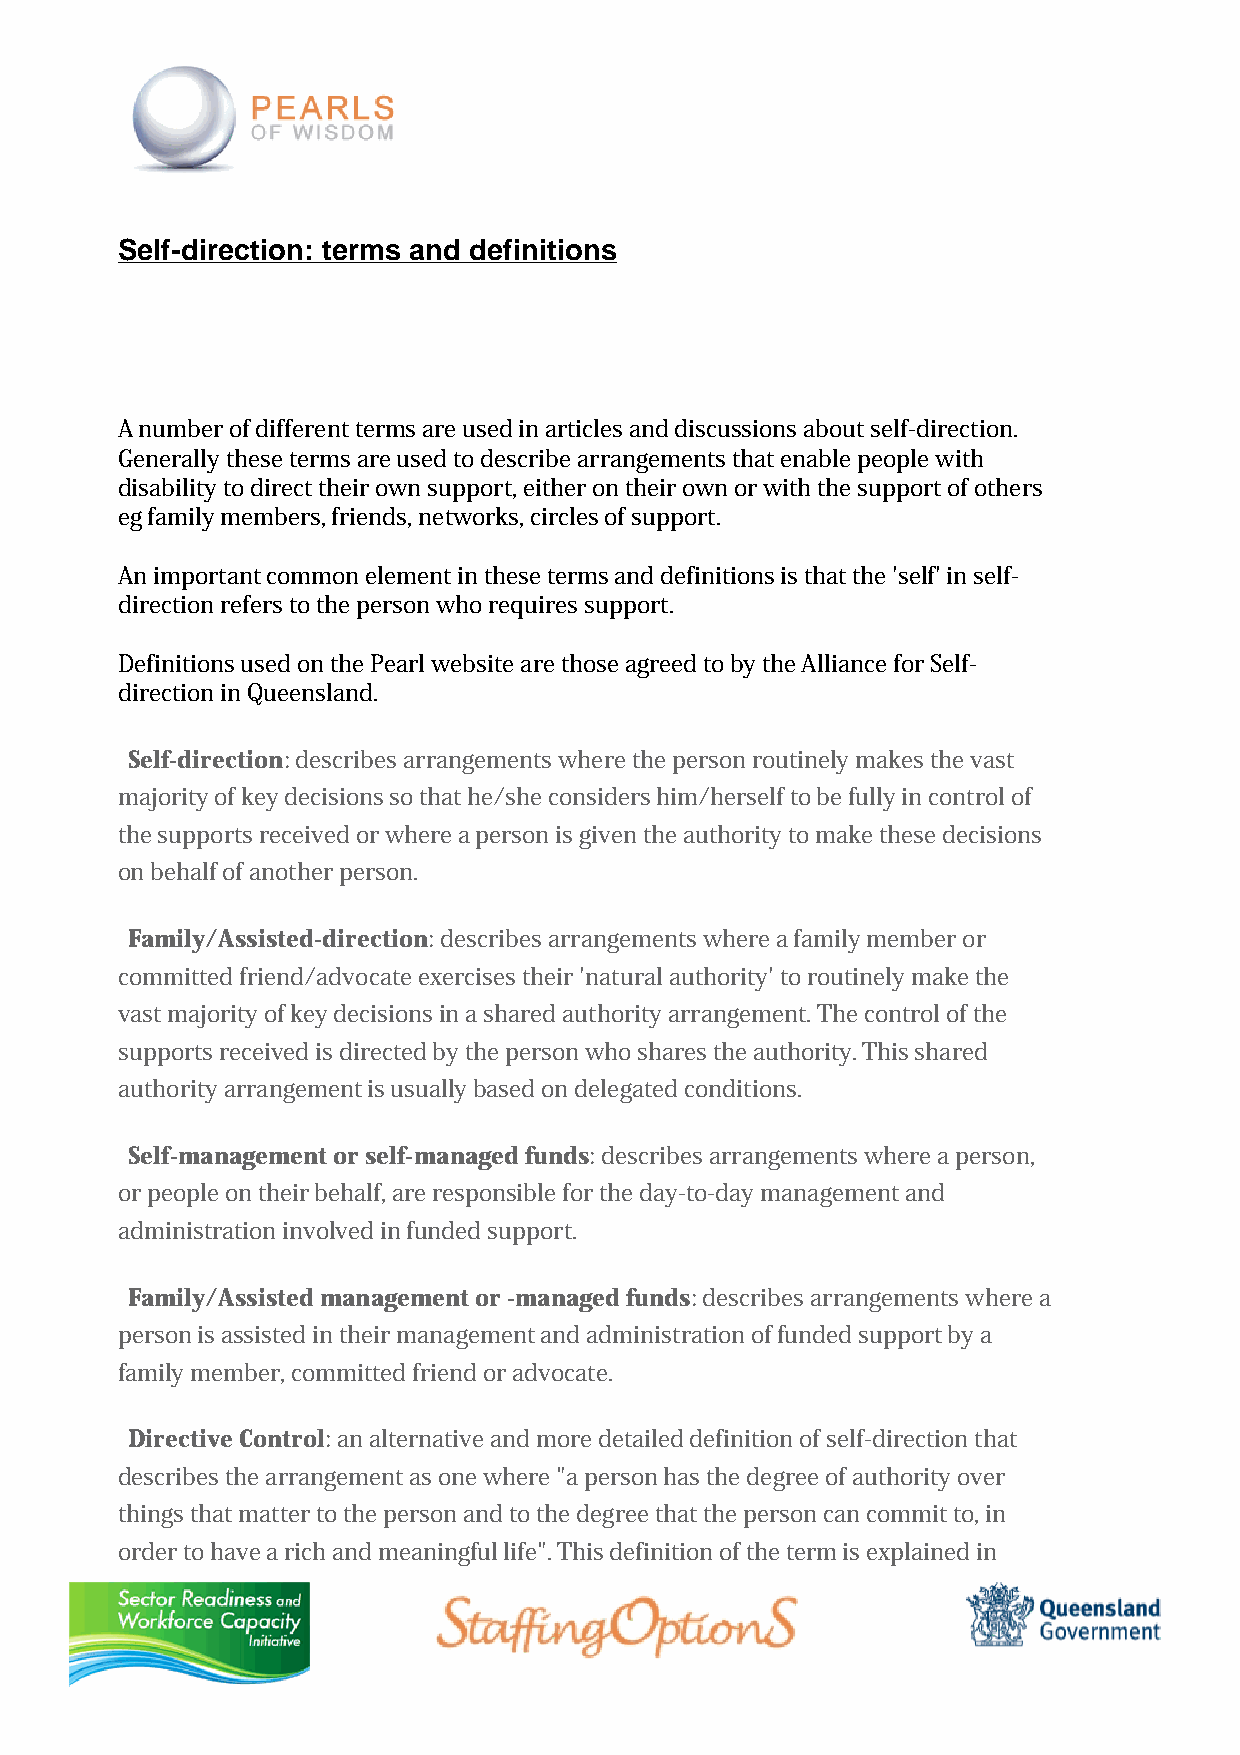
Self-direction: terms and definitions
 A number of different terms are used in articles and discussions about self-direction.
 Generally these terms are used to describe arrangements that enable people with
 disability to direct their own support, either on their own or with the support of others
 eg family members, friends, networks, circles of support.
 An important common element in these terms and definitions is that the 'self' in self-
 direction refers to the person who requires support.
 Definitions used on the Pearl website are those agreed to by the Alliance for Self-
 direction in Queensland.
 Self-direction: describes arrangements where the person routinely makes the vast
 majority of key decisions so that he/she considers him/herself to be fully in control of
 the supports received or where a person is given the authority to make these decisions
 on behalf of another person.
 Family/Assisted-direction: describes arrangements where a family member or
 committed friend/advocate exercises their 'natural authority' to routinely make the
 vast majority of key decisions in a shared authority arrangement. The control of the
 supports received is directed by the person who shares the authority. This shared
 authority arrangement is usually based on delegated conditions.
 Self-management or self-managed funds: describes arrangements where a person,
 or people on their behalf, are responsible for the day-to-day management and
 administration involved in funded support.
 Family/Assisted management or -managed funds: describes arrangements where a
 person is assisted in their management and administration of funded support by a
 family member, committed friend or advocate.
 Directive Control: an alternative and more detailed definition of self-direction that
 describes the arrangement as one where "a person has the degree of authority over
 things that matter to the person and to the degree that the person can commit to, in
 order to have a rich and meaningful life". This definition of the term is explained in